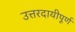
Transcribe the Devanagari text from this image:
उत्तरदायीपूर्ण